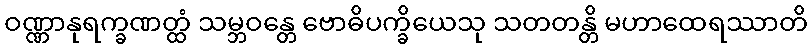
ဝဏ္ဏာနုရက္ခဏတ္ထံ သမ္ဘဝန္တေ ဗောဓိပက္ခိယေသု သတတန္တိ မဟာထေရဿာတိ